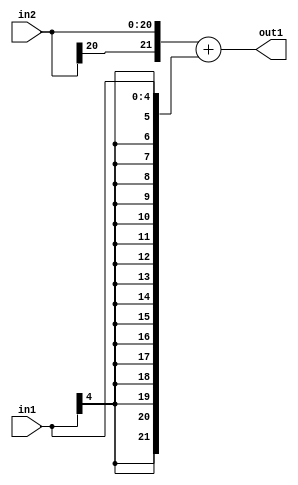
`timescale 1ps / 1ps
/*****************************************************************************
    Verilog RTL Description
    
    
    Created by: Stratus DpOpt 2019.1.01 
*******************************************************************************/

module cache_Add_21Sx5S_22S_4_1 (
	in2,
	in1,
	out1
	); /* architecture "behavioural" */ 
input [20:0] in2;
input [4:0] in1;
output [21:0] out1;
wire [21:0] asc001;

assign asc001 = 
	+({in2[20], in2})
	+({{17{in1[4]}}, in1});

assign out1 = asc001;
endmodule

/* CADENCE  ubP2TwA= : u9/ySgnWtBlWxVPRXgAZ4Og= ** DO NOT EDIT THIS LINE ******/